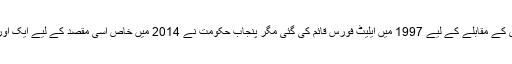
پنجاب میں دہشت گردی کے مقابلے کے لیے 1997 میں ایلیٹ فورس قائم کی گئی مگر پنجاب حکومت نے 2014 میں خاص اسی مقصد کے لیے ایک اور فورس کھڑی کر دی۔